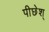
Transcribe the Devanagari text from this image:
पीछेश्